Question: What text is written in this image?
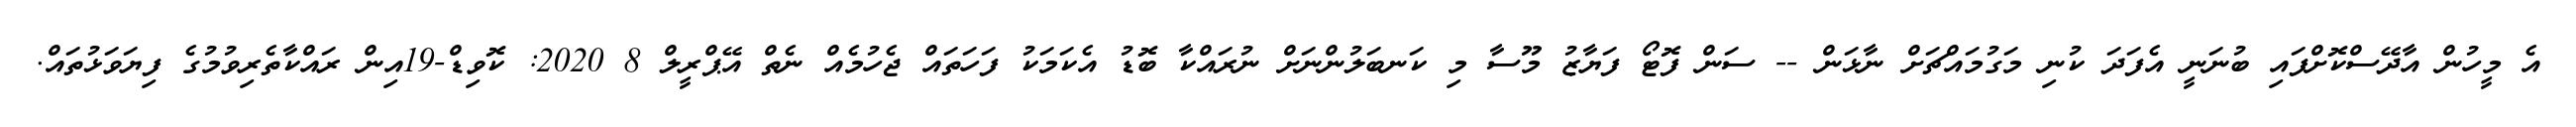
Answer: އެ މީހުން އާދޭސްކޮށްފައި ބުނަނީ އެފަދަ ކުނި މަގުމައްޗަށް ނާޅަން -- ސަން ފޮޓޯ ފަޔާޒު މޫސާ މި ކަނބަލުންނަށް ނުރައްކާ ބޮޑު އެކަމަކު ފަހަތައް ޖެހުމެއް ނެތް އޭޕްރީލް 8 2020: ކޮވިޑް-19އިން ރައްކާތެރިވުމުގެ ފިޔަވަޅުތައް.